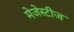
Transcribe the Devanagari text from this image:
मेजेस्टीज